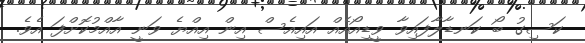
ކަސިގު ބޯ ކަނޑާލާފައިވާ ވީޑިއޯއެއް އައިއެސް އިން އިއްޔެ ވަނީ އާއްމުކޮށްފަ އެވެ.